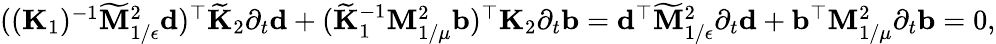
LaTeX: \begin{array}{r}{{((\mathbf{K}_{1})^{-1}\widetilde{\mathbf{M}}_{1/\epsilon}^{2}\mathbf{d})^{\top}\widetilde{\mathbf{K}}_{2}\partial_{t}\mathbf{d}+(\widetilde{\mathbf{K}}_{1}^{-1}\mathbf{M}_{1/\mu}^{2}\mathbf{b})^{\top}\mathbf{K}_{2}\partial_{t}\mathbf{b}}=\mathbf{d}^{\top}\widetilde{\mathbf{M}}_{1/\epsilon}^{2}\partial_{t}\mathbf{d}+\mathbf{b}^{\top}\mathbf{M}_{1/\mu}^{2}\partial_{t}\mathbf{b}=0,}\end{array}